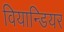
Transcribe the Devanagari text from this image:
वियान्डियर